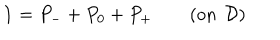
LaTeX: \mathbf { 1 } = P _ { - } + P _ { 0 } + P _ { + } \quad \quad ( \mathrm { o n \, \ } \mathcal { D } )